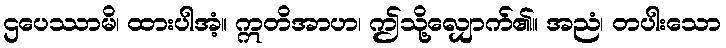
ဌပေဿာမိ၊ ထားပါအံ့။ ဣတိအာဟ၊ ဤသို့လျှောက်၏။ အညံ၊ တပါးသော